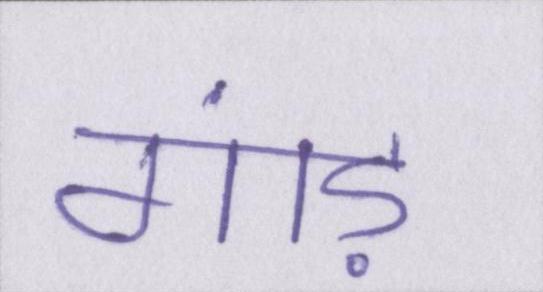
गांड़